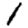
Digit: 1